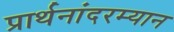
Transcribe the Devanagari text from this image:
प्रार्थनांदरम्यान